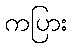
ကပြား